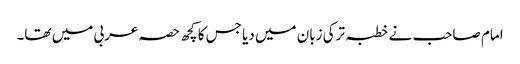
امام صاحب نے خطبہ ترکی زبان میں دیا جس کا کچھ حصہ عربی میں تھا۔